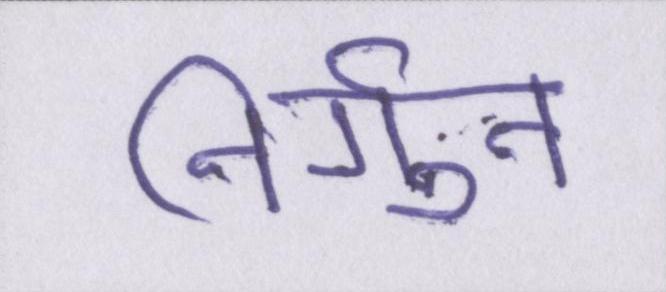
निर्गुन